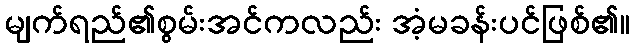
မျက်ရည်၏စွမ်းအင်ကလည်း အံ့မခန်းပင်ဖြစ်၏။